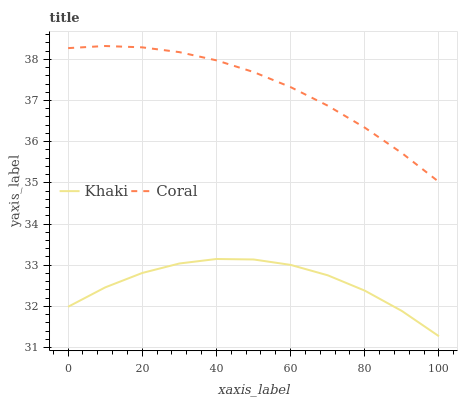
| xaxis_label | Khaki | Coral |
 | --- | --- | --- |
 | 0 | 32 | 38.3 |
 | 10 | 32.5 | 38.3 |
 | 20 | 32.8 | 38.3 |
 | 30 | 33 | 38.2 |
 | 40 | 33.2 | 38 |
 | 50 | 33.1 | 37.7 |
 | 60 | 33 | 37.3 |
 | 70 | 32.8 | 36.9 |
 | 80 | 32.4 | 36.3 |
 | 90 | 31.9 | 35.7 |
 | 100 | 31.3 | 35 |